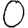
Digit: 0